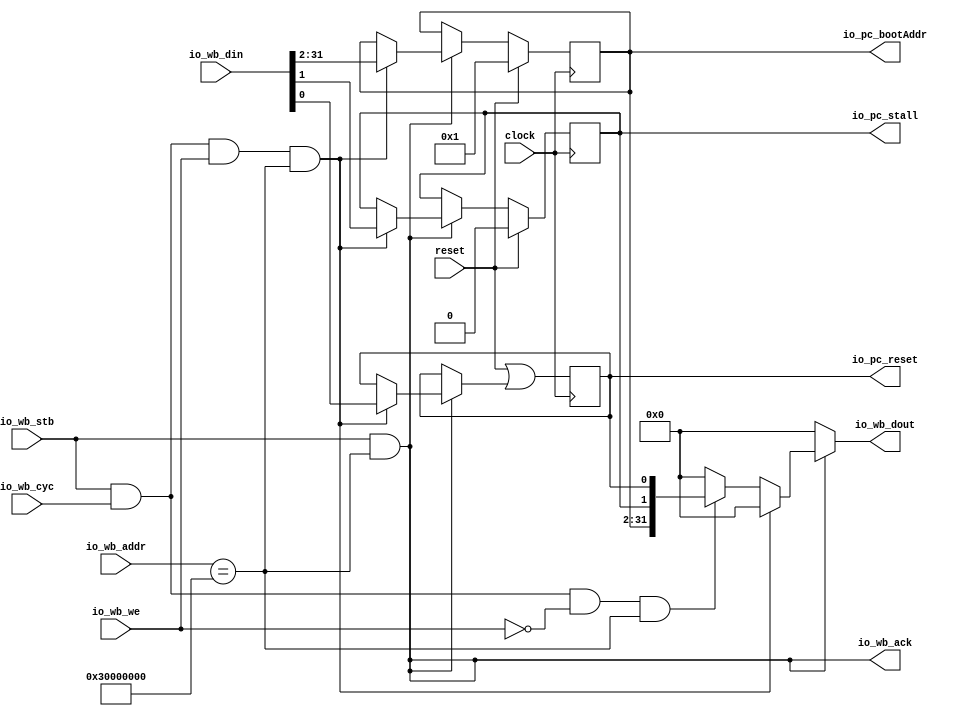
module WishboneSlavePC(
  input         clock,
  input         reset,
  input         io_wb_stb,
  input         io_wb_cyc,
  input         io_wb_we,
  input  [31:0] io_wb_din,
  input  [31:0] io_wb_addr,
  output        io_wb_ack,
  output [31:0] io_wb_dout,
  output        io_pc_reset,
  output        io_pc_stall,
  output [29:0] io_pc_bootAddr
);
`ifdef RANDOMIZE_REG_INIT
  reg [31:0] _RAND_0;
  reg [31:0] _RAND_1;
  reg [31:0] _RAND_2;
`endif // RANDOMIZE_REG_INIT
  reg  resetReg; // @[WishboneSlave.scala 28:25]
  reg  stallReg; // @[WishboneSlave.scala 29:25]
  reg [29:0] bootAddrReg; // @[WishboneSlave.scala 30:28]
  wire  _write_T = io_wb_stb & io_wb_cyc; // @[WishboneSlave.scala 36:25]
  wire  _write_T_2 = io_wb_addr == 32'h30000000; // @[WishboneSlave.scala 36:63]
  wire  write = io_wb_stb & io_wb_cyc & io_wb_we & io_wb_addr == 32'h30000000; // @[WishboneSlave.scala 36:48]
  wire  read = _write_T & ~io_wb_we & _write_T_2; // @[WishboneSlave.scala 37:48]
  wire [31:0] _io_wb_dout_T_1 = {bootAddrReg,stallReg,resetReg}; // @[WishboneSlave.scala 46:45]
  wire [31:0] _GEN_0 = read ? _io_wb_dout_T_1 : 32'h0; // @[WishboneSlave.scala 39:14 45:23 46:18]
  wire  _GEN_1 = write ? io_wb_din[0] : resetReg; // @[WishboneSlave.scala 41:16 42:16 28:25]
  wire [31:0] _GEN_4 = write ? 32'h0 : _GEN_0; // @[WishboneSlave.scala 39:14 41:16]
  wire  _GEN_5 = io_wb_ack ? _GEN_1 : resetReg; // @[WishboneSlave.scala 40:18 28:25]
  assign io_wb_ack = io_wb_stb & _write_T_2; // @[WishboneSlave.scala 38:26]
  assign io_wb_dout = io_wb_ack ? _GEN_4 : 32'h0; // @[WishboneSlave.scala 39:14 40:18]
  assign io_pc_reset = resetReg; // @[WishboneSlave.scala 33:15]
  assign io_pc_stall = stallReg; // @[WishboneSlave.scala 34:15]
  assign io_pc_bootAddr = bootAddrReg; // @[WishboneSlave.scala 35:18]
  always @(posedge clock) begin
    resetReg <= reset | _GEN_5; // @[WishboneSlave.scala 28:{25,25}]
    if (reset) begin // @[WishboneSlave.scala 29:25]
      stallReg <= 1'h0; // @[WishboneSlave.scala 29:25]
    end else if (io_wb_ack) begin // @[WishboneSlave.scala 40:18]
      if (write) begin // @[WishboneSlave.scala 41:16]
        stallReg <= io_wb_din[1]; // @[WishboneSlave.scala 43:16]
      end
    end
    if (reset) begin // @[WishboneSlave.scala 30:28]
      bootAddrReg <= 30'h1; // @[WishboneSlave.scala 30:28]
    end else if (io_wb_ack) begin // @[WishboneSlave.scala 40:18]
      if (write) begin // @[WishboneSlave.scala 41:16]
        bootAddrReg <= io_wb_din[31:2]; // @[WishboneSlave.scala 44:19]
      end
    end
  end
// Register and memory initialization
`ifdef RANDOMIZE_GARBAGE_ASSIGN
`define RANDOMIZE
`endif
`ifdef RANDOMIZE_INVALID_ASSIGN
`define RANDOMIZE
`endif
`ifdef RANDOMIZE_REG_INIT
`define RANDOMIZE
`endif
`ifdef RANDOMIZE_MEM_INIT
`define RANDOMIZE
`endif
`ifndef RANDOM
`define RANDOM $random
`endif
`ifdef RANDOMIZE_MEM_INIT
  integer initvar;
`endif
`ifndef SYNTHESIS
`ifdef FIRRTL_BEFORE_INITIAL
`FIRRTL_BEFORE_INITIAL
`endif
initial begin
  `ifdef RANDOMIZE
    `ifdef INIT_RANDOM
      `INIT_RANDOM
    `endif
    `ifndef VERILATOR
      `ifdef RANDOMIZE_DELAY
        #`RANDOMIZE_DELAY begin end
      `else
        #0.002 begin end
      `endif
    `endif
`ifdef RANDOMIZE_REG_INIT
  _RAND_0 = {1{`RANDOM}};
  resetReg = _RAND_0[0:0];
  _RAND_1 = {1{`RANDOM}};
  stallReg = _RAND_1[0:0];
  _RAND_2 = {1{`RANDOM}};
  bootAddrReg = _RAND_2[29:0];
`endif // RANDOMIZE_REG_INIT
  `endif // RANDOMIZE
end // initial
`ifdef FIRRTL_AFTER_INITIAL
`FIRRTL_AFTER_INITIAL
`endif
`endif // SYNTHESIS
endmodule
module WishboneSlaveROM(
  input         clock,
  input         reset,
  input         io_wb_stb,
  input         io_wb_cyc,
  input         io_wb_we,
  input  [31:0] io_wb_din,
  input  [31:0] io_wb_addr,
  output        io_wb_ack,
  output [31:0] io_wb_dout,
  output        io_rom_we,
  output [31:0] io_rom_data,
  output [31:0] io_rom_addr
);
`ifdef RANDOMIZE_REG_INIT
  reg [31:0] _RAND_0;
  reg [31:0] _RAND_1;
  reg [31:0] _RAND_2;
`endif // RANDOMIZE_REG_INIT
  reg  WBReg_we; // @[WishboneSlave.scala 55:22]
  reg [31:0] WBReg_data; // @[WishboneSlave.scala 55:22]
  reg [31:0] WBReg_addr; // @[WishboneSlave.scala 55:22]
  wire  _read_T = io_wb_stb & io_wb_cyc; // @[WishboneSlave.scala 60:24]
  wire  read = io_wb_stb & io_wb_cyc & ~io_wb_we; // @[WishboneSlave.scala 60:36]
  wire  write = _read_T & io_wb_we; // @[WishboneSlave.scala 61:37]
  wire  _GEN_0 = read & WBReg_we; // @[WishboneSlave.scala 63:14 69:27 70:22]
  wire  _GEN_2 = write ? 1'h0 : _GEN_0; // @[WishboneSlave.scala 63:14 67:20]
  wire [31:0] _GEN_3 = read ? WBReg_data : 32'h0; // @[WishboneSlave.scala 63:14 76:27 77:22]
  wire [31:0] _GEN_4 = write ? io_wb_din : WBReg_data; // @[WishboneSlave.scala 74:20 55:22 75:22]
  wire [31:0] _GEN_5 = write ? 32'h0 : _GEN_3; // @[WishboneSlave.scala 63:14 74:20]
  wire [31:0] _GEN_6 = read ? WBReg_addr : 32'h0; // @[WishboneSlave.scala 63:14 83:27 84:22]
  wire [31:0] _GEN_7 = write ? io_wb_din : WBReg_addr; // @[WishboneSlave.scala 81:20 55:22 82:22]
  wire [31:0] _GEN_8 = write ? 32'h0 : _GEN_6; // @[WishboneSlave.scala 63:14 81:20]
  wire [31:0] _GEN_9 = 32'h3000000c == io_wb_addr ? _GEN_7 : WBReg_addr; // @[WishboneSlave.scala 55:22 65:23]
  wire [31:0] _GEN_10 = 32'h3000000c == io_wb_addr ? _GEN_8 : 32'h0; // @[WishboneSlave.scala 63:14 65:23]
  wire [31:0] _GEN_12 = 32'h30000008 == io_wb_addr ? _GEN_5 : _GEN_10; // @[WishboneSlave.scala 65:23]
  wire [31:0] _GEN_15 = 32'h30000004 == io_wb_addr ? {{31'd0}, _GEN_2} : _GEN_12; // @[WishboneSlave.scala 65:23]
  assign io_wb_ack = io_wb_stb & (io_wb_addr == 32'h30000004 | io_wb_addr == 32'h30000008 | io_wb_addr == 32'h3000000c); // @[WishboneSlave.scala 62:26]
  assign io_wb_dout = io_wb_ack ? _GEN_15 : 32'h0; // @[WishboneSlave.scala 63:14 64:18]
  assign io_rom_we = WBReg_we; // @[WishboneSlave.scala 59:10]
  assign io_rom_data = WBReg_data; // @[WishboneSlave.scala 59:10]
  assign io_rom_addr = WBReg_addr; // @[WishboneSlave.scala 59:10]
  always @(posedge clock) begin
    if (reset) begin // @[WishboneSlave.scala 55:22]
      WBReg_we <= 1'h0; // @[WishboneSlave.scala 55:22]
    end else if (io_wb_ack) begin // @[WishboneSlave.scala 64:18]
      if (32'h30000004 == io_wb_addr) begin // @[WishboneSlave.scala 65:23]
        if (write) begin // @[WishboneSlave.scala 67:20]
          WBReg_we <= io_wb_din[0]; // @[WishboneSlave.scala 68:20]
        end
      end
    end
    if (reset) begin // @[WishboneSlave.scala 55:22]
      WBReg_data <= 32'h0; // @[WishboneSlave.scala 55:22]
    end else if (io_wb_ack) begin // @[WishboneSlave.scala 64:18]
      if (!(32'h30000004 == io_wb_addr)) begin // @[WishboneSlave.scala 65:23]
        if (32'h30000008 == io_wb_addr) begin // @[WishboneSlave.scala 65:23]
          WBReg_data <= _GEN_4;
        end
      end
    end
    if (reset) begin // @[WishboneSlave.scala 55:22]
      WBReg_addr <= 32'h0; // @[WishboneSlave.scala 55:22]
    end else if (io_wb_ack) begin // @[WishboneSlave.scala 64:18]
      if (!(32'h30000004 == io_wb_addr)) begin // @[WishboneSlave.scala 65:23]
        if (!(32'h30000008 == io_wb_addr)) begin // @[WishboneSlave.scala 65:23]
          WBReg_addr <= _GEN_9;
        end
      end
    end
  end
// Register and memory initialization
`ifdef RANDOMIZE_GARBAGE_ASSIGN
`define RANDOMIZE
`endif
`ifdef RANDOMIZE_INVALID_ASSIGN
`define RANDOMIZE
`endif
`ifdef RANDOMIZE_REG_INIT
`define RANDOMIZE
`endif
`ifdef RANDOMIZE_MEM_INIT
`define RANDOMIZE
`endif
`ifndef RANDOM
`define RANDOM $random
`endif
`ifdef RANDOMIZE_MEM_INIT
  integer initvar;
`endif
`ifndef SYNTHESIS
`ifdef FIRRTL_BEFORE_INITIAL
`FIRRTL_BEFORE_INITIAL
`endif
initial begin
  `ifdef RANDOMIZE
    `ifdef INIT_RANDOM
      `INIT_RANDOM
    `endif
    `ifndef VERILATOR
      `ifdef RANDOMIZE_DELAY
        #`RANDOMIZE_DELAY begin end
      `else
        #0.002 begin end
      `endif
    `endif
`ifdef RANDOMIZE_REG_INIT
  _RAND_0 = {1{`RANDOM}};
  WBReg_we = _RAND_0[0:0];
  _RAND_1 = {1{`RANDOM}};
  WBReg_data = _RAND_1[31:0];
  _RAND_2 = {1{`RANDOM}};
  WBReg_addr = _RAND_2[31:0];
`endif // RANDOMIZE_REG_INIT
  `endif // RANDOMIZE
end // initial
`ifdef FIRRTL_AFTER_INITIAL
`FIRRTL_AFTER_INITIAL
`endif
`endif // SYNTHESIS
endmodule
module WishboneSlave(
  input         clock,
  input         reset,
  input         io_wb_stb,
  input         io_wb_cyc,
  input         io_wb_we,
  input  [3:0]  io_wb_sel,
  input  [31:0] io_wb_din,
  input  [31:0] io_wb_addr,
  output        io_wb_ack,
  output [31:0] io_wb_dout,
  output        io_patmos_pc_reset,
  output        io_patmos_pc_stall,
  output [29:0] io_patmos_pc_bootAddr,
  output        io_patmos_rom_we,
  output [31:0] io_patmos_rom_data,
  output [31:0] io_patmos_rom_addr
);
  wire  slavePC_clock; // @[WishboneSlave.scala 122:23]
  wire  slavePC_reset; // @[WishboneSlave.scala 122:23]
  wire  slavePC_io_wb_stb; // @[WishboneSlave.scala 122:23]
  wire  slavePC_io_wb_cyc; // @[WishboneSlave.scala 122:23]
  wire  slavePC_io_wb_we; // @[WishboneSlave.scala 122:23]
  wire [31:0] slavePC_io_wb_din; // @[WishboneSlave.scala 122:23]
  wire [31:0] slavePC_io_wb_addr; // @[WishboneSlave.scala 122:23]
  wire  slavePC_io_wb_ack; // @[WishboneSlave.scala 122:23]
  wire [31:0] slavePC_io_wb_dout; // @[WishboneSlave.scala 122:23]
  wire  slavePC_io_pc_reset; // @[WishboneSlave.scala 122:23]
  wire  slavePC_io_pc_stall; // @[WishboneSlave.scala 122:23]
  wire [29:0] slavePC_io_pc_bootAddr; // @[WishboneSlave.scala 122:23]
  wire  slaveROM_clock; // @[WishboneSlave.scala 123:24]
  wire  slaveROM_reset; // @[WishboneSlave.scala 123:24]
  wire  slaveROM_io_wb_stb; // @[WishboneSlave.scala 123:24]
  wire  slaveROM_io_wb_cyc; // @[WishboneSlave.scala 123:24]
  wire  slaveROM_io_wb_we; // @[WishboneSlave.scala 123:24]
  wire [31:0] slaveROM_io_wb_din; // @[WishboneSlave.scala 123:24]
  wire [31:0] slaveROM_io_wb_addr; // @[WishboneSlave.scala 123:24]
  wire  slaveROM_io_wb_ack; // @[WishboneSlave.scala 123:24]
  wire [31:0] slaveROM_io_wb_dout; // @[WishboneSlave.scala 123:24]
  wire  slaveROM_io_rom_we; // @[WishboneSlave.scala 123:24]
  wire [31:0] slaveROM_io_rom_data; // @[WishboneSlave.scala 123:24]
  wire [31:0] slaveROM_io_rom_addr; // @[WishboneSlave.scala 123:24]
  wire [31:0] _GEN_0 = slaveROM_io_wb_ack ? slaveROM_io_wb_dout : 32'h0; // @[WishboneSlave.scala 144:14 147:35 148:16]
  WishboneSlavePC slavePC ( // @[WishboneSlave.scala 122:23]
    .clock(slavePC_clock),
    .reset(slavePC_reset),
    .io_wb_stb(slavePC_io_wb_stb),
    .io_wb_cyc(slavePC_io_wb_cyc),
    .io_wb_we(slavePC_io_wb_we),
    .io_wb_din(slavePC_io_wb_din),
    .io_wb_addr(slavePC_io_wb_addr),
    .io_wb_ack(slavePC_io_wb_ack),
    .io_wb_dout(slavePC_io_wb_dout),
    .io_pc_reset(slavePC_io_pc_reset),
    .io_pc_stall(slavePC_io_pc_stall),
    .io_pc_bootAddr(slavePC_io_pc_bootAddr)
  );
  WishboneSlaveROM slaveROM ( // @[WishboneSlave.scala 123:24]
    .clock(slaveROM_clock),
    .reset(slaveROM_reset),
    .io_wb_stb(slaveROM_io_wb_stb),
    .io_wb_cyc(slaveROM_io_wb_cyc),
    .io_wb_we(slaveROM_io_wb_we),
    .io_wb_din(slaveROM_io_wb_din),
    .io_wb_addr(slaveROM_io_wb_addr),
    .io_wb_ack(slaveROM_io_wb_ack),
    .io_wb_dout(slaveROM_io_wb_dout),
    .io_rom_we(slaveROM_io_rom_we),
    .io_rom_data(slaveROM_io_rom_data),
    .io_rom_addr(slaveROM_io_rom_addr)
  );
  assign io_wb_ack = slavePC_io_wb_ack | slaveROM_io_wb_ack; // @[WishboneSlave.scala 142:34]
  assign io_wb_dout = slavePC_io_wb_ack ? slavePC_io_wb_dout : _GEN_0; // @[WishboneSlave.scala 145:26 146:16]
  assign io_patmos_pc_reset = slavePC_io_pc_reset; // @[WishboneSlave.scala 125:16]
  assign io_patmos_pc_stall = slavePC_io_pc_stall; // @[WishboneSlave.scala 125:16]
  assign io_patmos_pc_bootAddr = slavePC_io_pc_bootAddr; // @[WishboneSlave.scala 125:16]
  assign io_patmos_rom_we = slaveROM_io_rom_we; // @[WishboneSlave.scala 126:17]
  assign io_patmos_rom_data = slaveROM_io_rom_data; // @[WishboneSlave.scala 126:17]
  assign io_patmos_rom_addr = slaveROM_io_rom_addr; // @[WishboneSlave.scala 126:17]
  assign slavePC_clock = clock;
  assign slavePC_reset = reset;
  assign slavePC_io_wb_stb = io_wb_stb; // @[WishboneSlave.scala 128:21]
  assign slavePC_io_wb_cyc = io_wb_cyc; // @[WishboneSlave.scala 129:21]
  assign slavePC_io_wb_we = io_wb_we; // @[WishboneSlave.scala 130:20]
  assign slavePC_io_wb_din = io_wb_din; // @[WishboneSlave.scala 132:21]
  assign slavePC_io_wb_addr = io_wb_addr; // @[WishboneSlave.scala 133:22]
  assign slaveROM_clock = clock;
  assign slaveROM_reset = reset;
  assign slaveROM_io_wb_stb = io_wb_stb; // @[WishboneSlave.scala 135:22]
  assign slaveROM_io_wb_cyc = io_wb_cyc; // @[WishboneSlave.scala 136:22]
  assign slaveROM_io_wb_we = io_wb_we; // @[WishboneSlave.scala 137:21]
  assign slaveROM_io_wb_din = io_wb_din; // @[WishboneSlave.scala 139:22]
  assign slaveROM_io_wb_addr = io_wb_addr; // @[WishboneSlave.scala 140:23]
endmodule